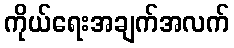
ကိုယ်ရေးအချက်အလက်